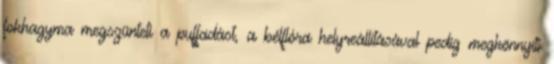
fokhagyma megszünteti a puffadást, a bélflóra helyreállításával pedig megkönnyíti